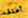
أعتقد